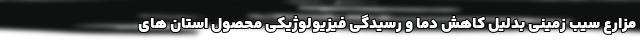
مزارع سیب زمینی بدلیل کاهش دما و رسیدگی فیزیولوژیکی محصول استان های